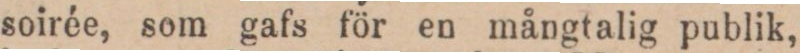
soirée, som gafs för en mångtalig publik,